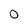
Character: 0